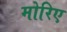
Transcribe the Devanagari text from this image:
मोरिए